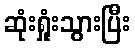
ဆုံးရှုံးသွားပြီး